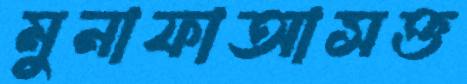
মুনাফাআসক্ত